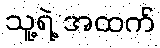
သူ့ရဲ့ အထက်